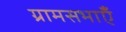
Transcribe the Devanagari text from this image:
ग्रामसभाएँ